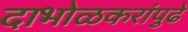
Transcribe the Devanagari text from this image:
दाभोळकरांपुढे